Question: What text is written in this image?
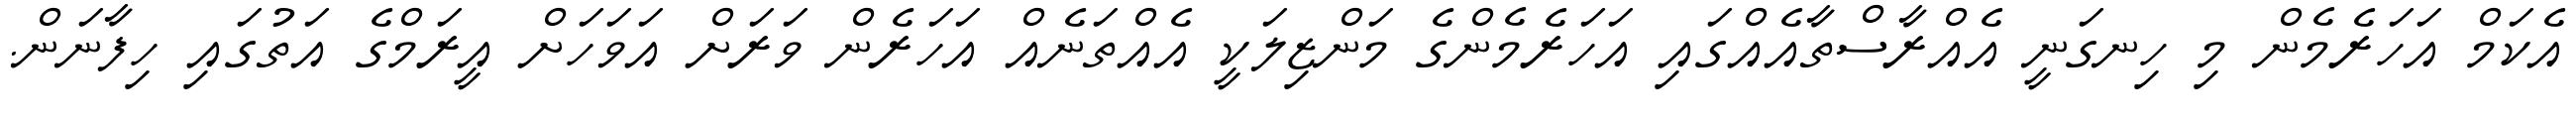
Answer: އެކަމް އަހަރެމެން މި ހިނގަނީ އެއްރާސްތާއެއްގައި އަހަރެމެންގެ މަންޒިލަކީ އެއްތަނެއް އަހަރެން ވަރަށް އަވަހަށް އީރަމްގެ އަތުގައި ހިފާނަން.